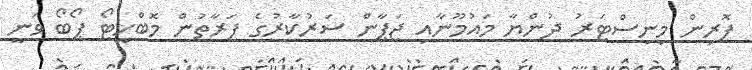
ފޮރިން މިނިސްޓަރު ދުންޔާ މައުމޫނާއި ޖަޕާން ސަރުކާރުގެ ފަރާތުން މޮބްހީޓޯ ޕޯބޯ ވަނީ